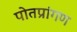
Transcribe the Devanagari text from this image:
पोतप्रांगण